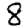
Digit: 8